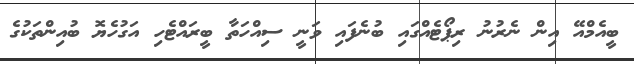
ބީއެމްއޭ އިން ނެރުނު ރިޕޯޓެއްގައި ބުނެފައި ވަނީ ސިއްހަތާ ބީރައްޓެހި އަގުހެޔޮ ބުއިންތަކުގެ